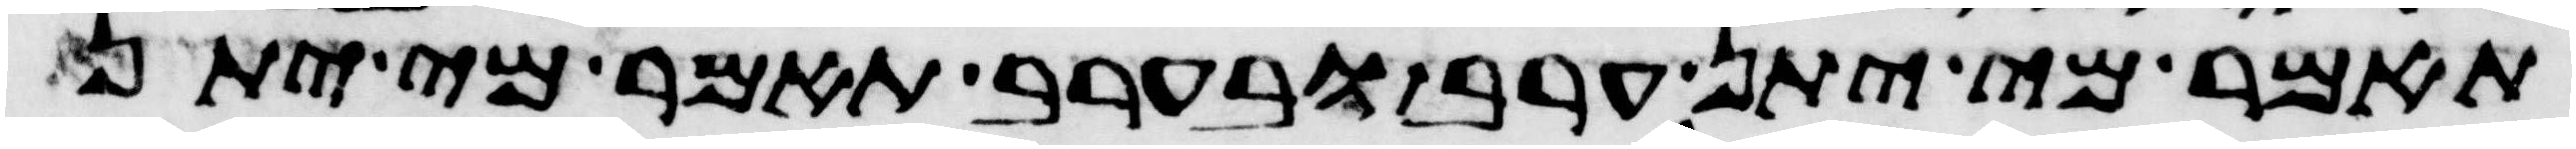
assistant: תאמר מי יתן ערב ובערב תאמר מי יתן